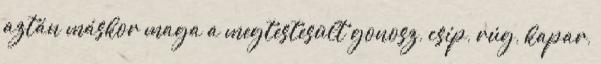
aztán máskor maga a megtestesült gonosz, csíp, rúg, kapar,